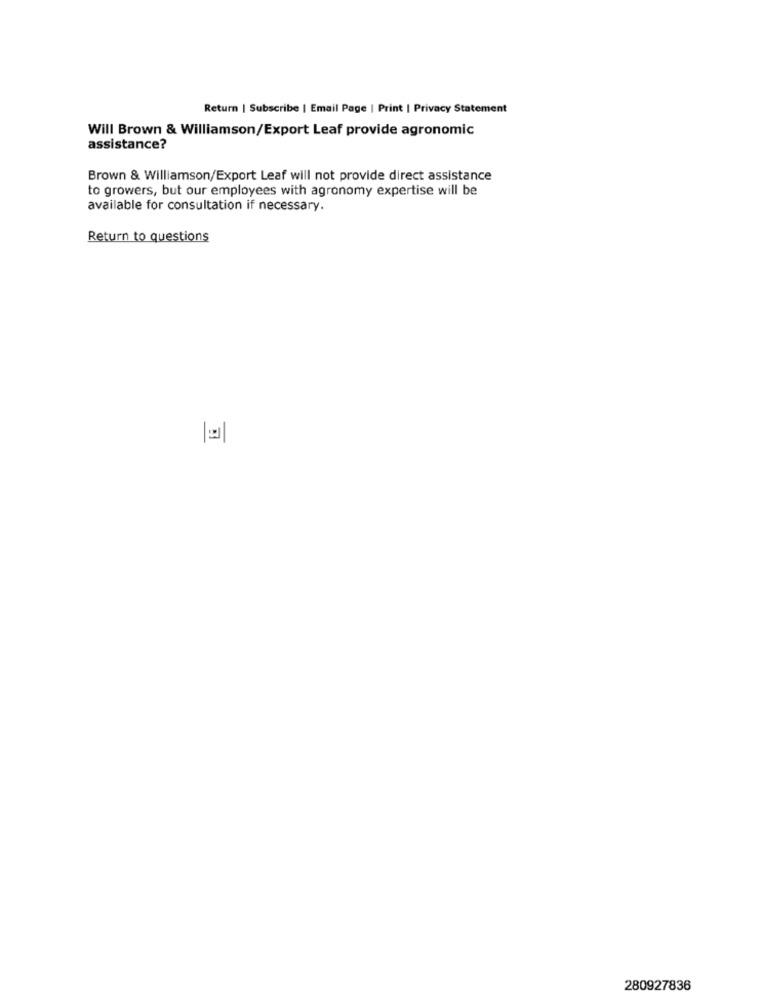
Return | Subscribe | Email Page | Print | Privacy Statement
Will Brown & Williamson/Export Leaf provide agronomic
assistance?
Brown & Williamson/Export Leaf will not provide direct assistance
to growers, but our employees with agronomy expertise will be
available for consultation if necessary.
Return to questions
280927836